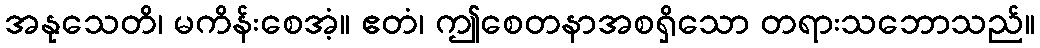
အနုသေတိ၊ မကိန်းစေအံ့။ ဧတံ၊ ဤစေတနာအစရှိသော တရားသဘောသည်။